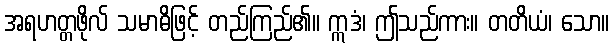
အရဟတ္တဖိုလ် သမာဓိဖြင့် တည်ကြည်၏။ ဣဒံ၊ ဤသည်ကား။ တတိယံ၊ သော။